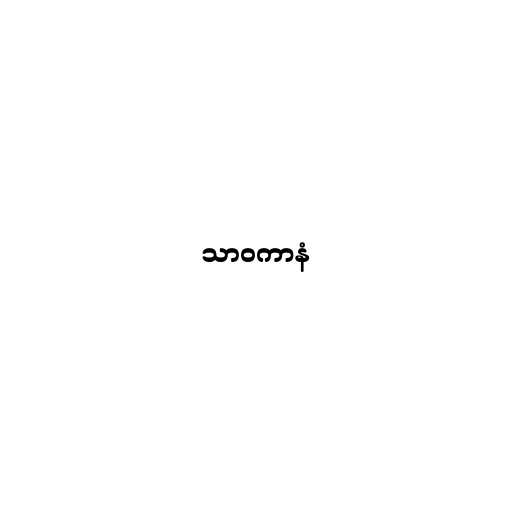
သာဝကာနံ